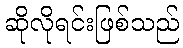
ဆိုလိုရင်းဖြစ်သည်